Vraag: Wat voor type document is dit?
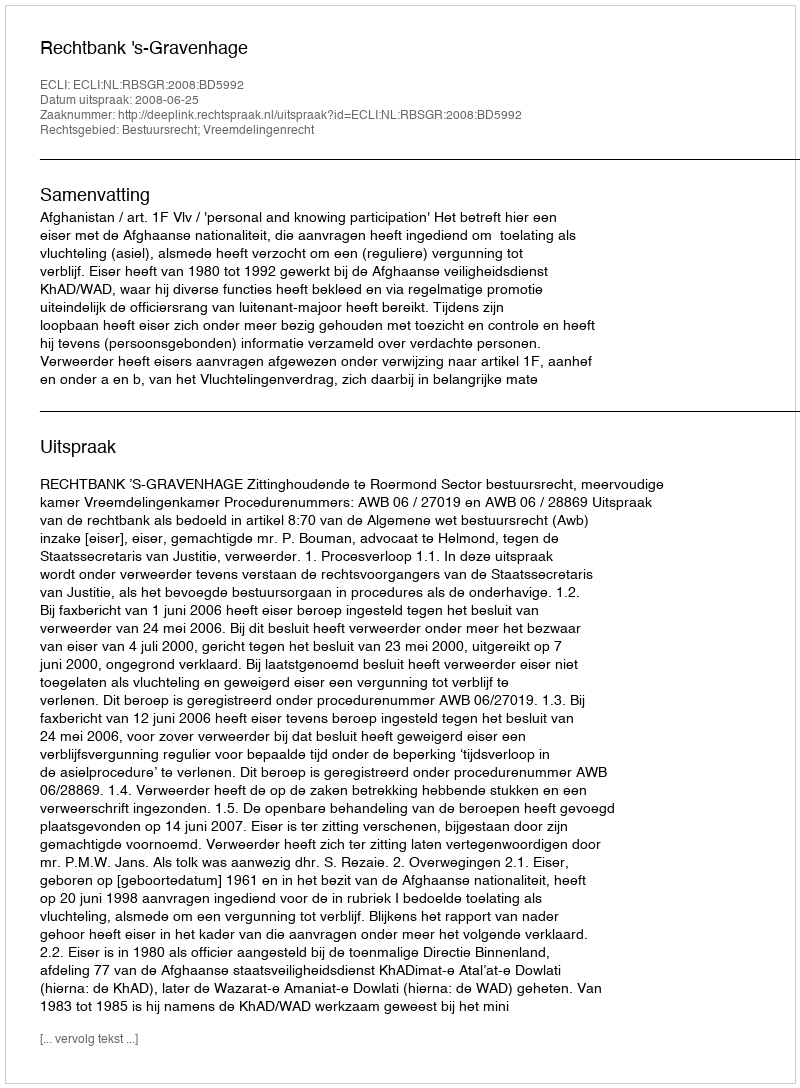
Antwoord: Uitspraak